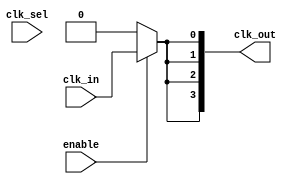
module LowPowerClockBuffer (
    input wire clk_in,                // Input clock
    input wire enable,                // Enable signal for clock gating
    input wire [NUM_OUTPUTS-1:0] clk_sel, // Selection signal for outputs
    output wire [NUM_OUTPUTS-1:0] clk_out // Output clock signals
);

// Parameter for the number of output clocks
parameter NUM_OUTPUTS = 4;

// Internal signals
wire gated_clk;                     // Gated clock signal

// Clock Gating Logic
assign gated_clk = enable ? clk_in : 1'b0; // Gated clock based on enable signal

// Buffer Stage
genvar i;
generate
    for (i = 0; i < NUM_OUTPUTS; i = i + 1) begin : clock_buffer
        // Simple buffer implementation with skew minimization
        buf buf_inst (
            .Z(clk_out[i]),         // Output clock
            .A(gated_clk)          // Input gated clock
        );
    end
endgenerate

endmodule